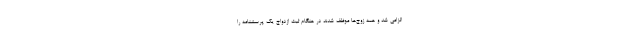
الزامی شد و همه زوج‌ها موظف شدند در هنگام ثبت ازدواج یک پرسشنامه را